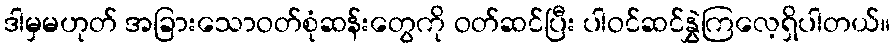
ဒါမှမဟုတ် အခြားသောဝတ်စုံဆန်းတွေကို ဝတ်ဆင်ပြီး ပါဝင်ဆင်နွှဲကြလေ့ရှိပါတယ်။